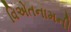
વિએતનામની